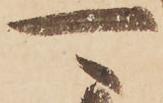
可